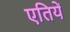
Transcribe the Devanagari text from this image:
एतियें